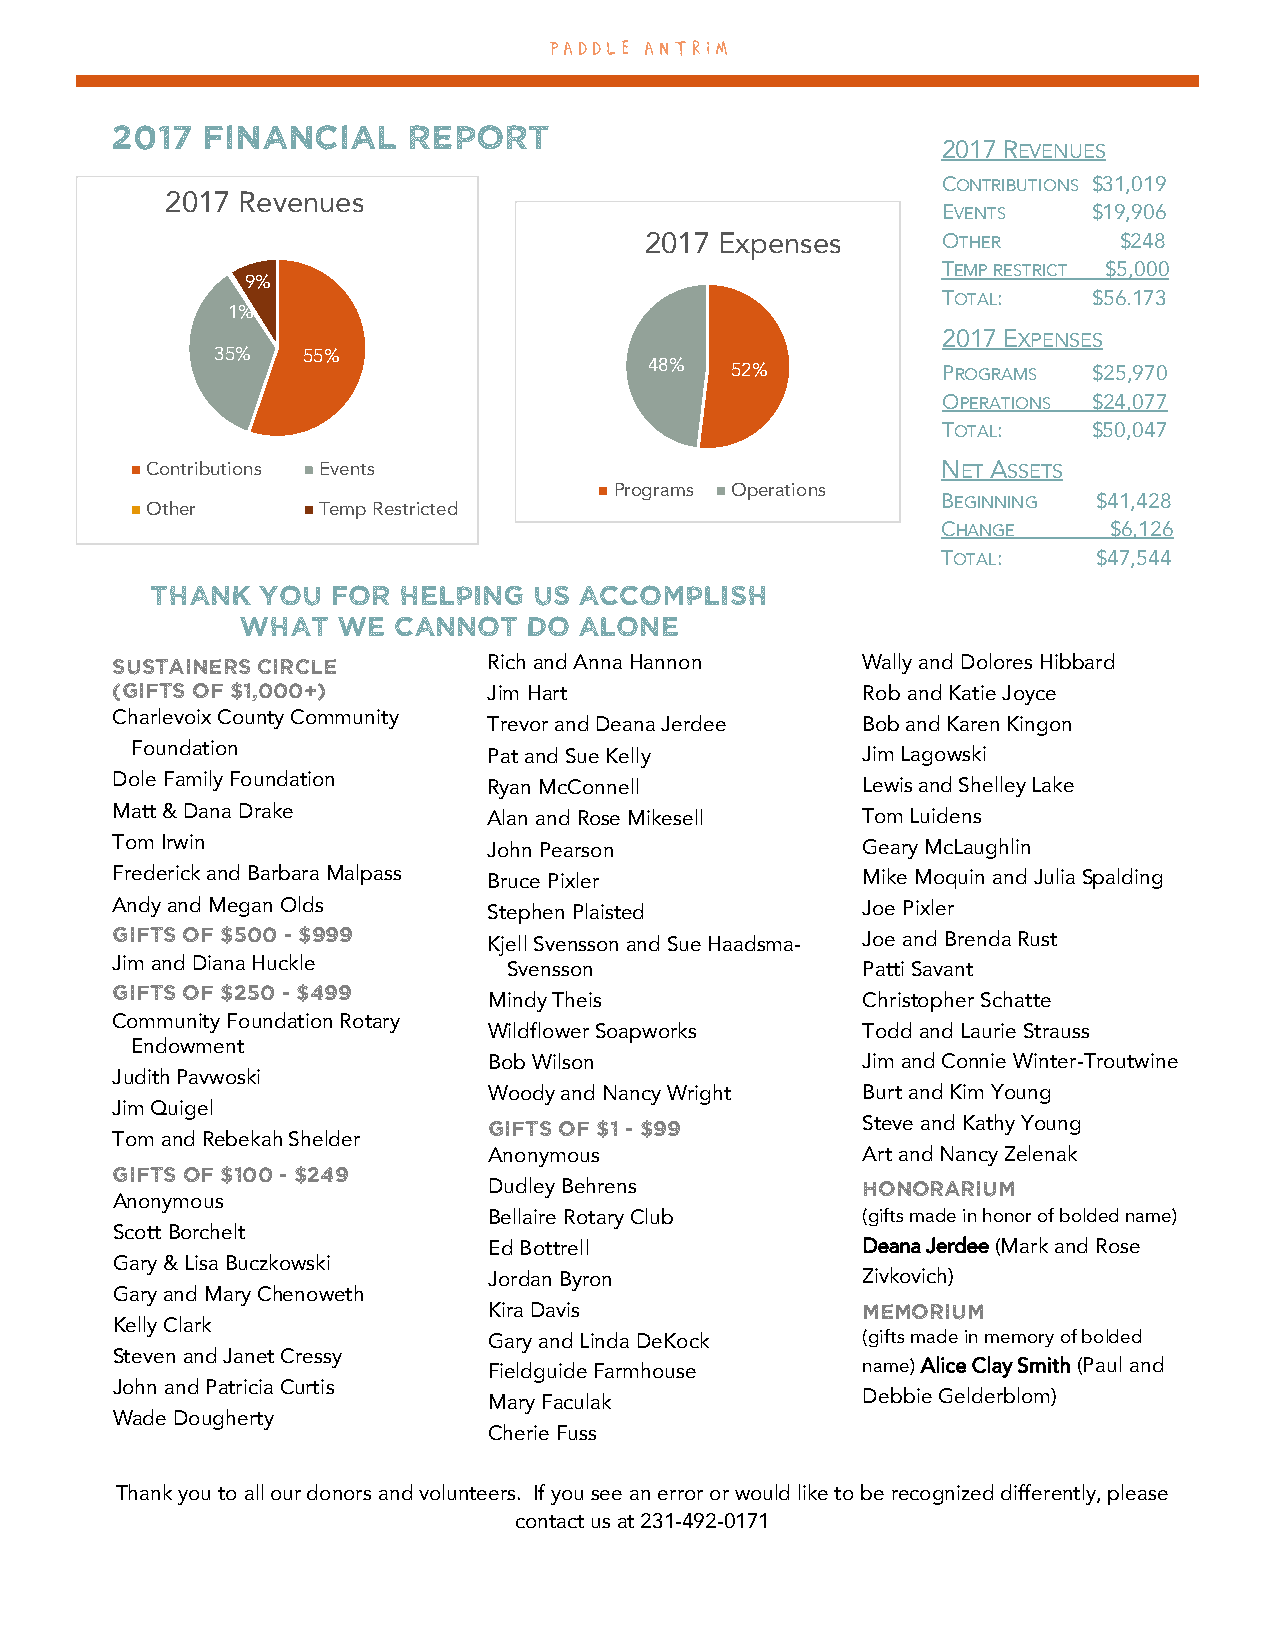
PA DDLE A N TRI M
 2017  Financial     Report
 2017 REVENUES
 CONTRIBUTIONS $31,019
 2017 Revenues
 EVENTS    $19,906
 2017 Expenses      OTHER       $248
 TEMP RESTRICT $5,000
 9%
 TOTAL:    $56,173
 1%
 2017 EXPENSES
 35%   55%
 48%  52%           PROGRAMS  $25,970
 OPERATIONS $24,077
 TOTAL:    $50,047
 Contributions Events                                NET ASSETS
 Programs Operations
 Other      Temp Restricted
 BEGINNING  $41,428
 CHANGE     $6,126
 TOTAL:     $47,544
 Thank  you  for helping  us accomplish
 what  we  cannot   do alone
 Sustainers Circle        Rich and Anna Hannon     Wally and Dolores Hibbard
 (Gifts of $1,000+)
 Jim Hart                 Rob and Katie Joyce
 Charlevoix County Community
 Trevor and Deana Jerdee  Bob and Karen Kingon
 Foundation
 Pat and Sue Kelly        Jim Lagowski
 Dole Family Foundation   Ryan McConnell           Lewis and Shelley Lake
 Matt & Dana Drake        Alan and Rose Mikesell   Tom Luidens
 Tom Irwin                John Pearson             Geary McLaughlin
 Frederick and Barbara Malpass Bruce Pixler        Mike Moquin and Julia Spalding
 Andy and Megan Olds      Stephen Plaisted         Joe Pixler
 Gifts of $500 - $999
 Kjell Svensson and Sue Haadsma- Joe and Brenda Rust
 Jim and Diana Huckle       Svensson               Patti Savant
 Gifts of $250 - $499
 Mindy Theis              Christopher Schatte
 Community Foundation Rotary
 Wildflower Soapworks     Todd and Laurie Strauss
 Endowment
 Bob Wilson               Jim and Connie Winter-Troutwine
 Judith Pavwoski
 Woody and Nancy Wright   Burt and Kim Young
 Jim Quigel
 Gifts of $1 - $99        Steve and Kathy Young
 Tom and Rebekah Shelder
 Anonymous                Art and Nancy Zelenak
 Gifts of $100 - $249
 Dudley Behrens           Honorarium
 Anonymous
 Bellaire Rotary Club     (gifts made in honor of bolded name)
 Scott Borchelt
 Ed Bottrell              Deana Jerdee (Mark and Rose
 Gary & Lisa Buczkowski
 Jordan Byron             Zivkovich)
 Gary and Mary Chenoweth
 Kira Davis               Memorium
 Kelly Clark
 Gary and Linda DeKock    (gifts made in memory of bolded
 Steven and Janet Cressy
 Fieldguide Farmhouse     name) Alice Clay Smith (Paul and
 John and Patricia Curtis
 Debbie Gelderblom)
 Mary Faculak
 Wade Dougherty
 Cherie Fuss
 Thank you to all our donors and volunteers. If you see an error or would like to be recognized differently, please
 contact us at 231-492-0171